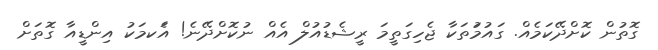
ގޮތުން ކޮށްދޭކަމެއް. ގައުމަުތަކާ ޖެހިގަތީމަ ރީޝެޑުއުލް އެއް ނުކޮށްދޭނެ! އެަކމަކު އިންޑީއާ ގޮތަށް